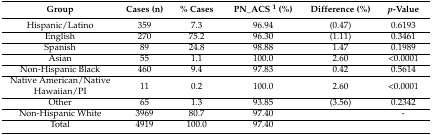
<table><thead><tr><td><b>Group</b></td><td><b>Cases (n)</b></td><td><b>% Cases</b></td><td><b>PN_ACS <sup>1</sup> (%)</b></td><td><b>Difference (%)</b></td><td><b><i>p</i>-Value</b></td></tr></thead><tbody><tr><td>Hispanic/Latino</td><td>359</td><td>7.3</td><td>96.94</td><td>(0.47)</td><td>0.6193</td></tr><tr><td>English</td><td>270</td><td>75.2</td><td>96.30</td><td>(1.11)</td><td>0.3461</td></tr><tr><td>Spanish</td><td>89</td><td>24.8</td><td>98.88</td><td>1.47</td><td>0.1989</td></tr><tr><td>Asian</td><td>55</td><td>1.1</td><td>100.0</td><td>2.60</td><td>&lt;0.0001</td></tr><tr><td>Non-Hispanic Black</td><td>460</td><td>9.4</td><td>97.83</td><td>0.42</td><td>0.5614</td></tr><tr><td>Native American/Native Hawaiian/PI</td><td>11</td><td>0.2</td><td>100.0</td><td>2.60</td><td>&lt;0.0001</td></tr><tr><td>Other</td><td>65</td><td>1.3</td><td>93.85</td><td>(3.56)</td><td>0.2342</td></tr><tr><td>Non-Hispanic White</td><td>3969</td><td>80.7</td><td>97.40</td><td></td><td>-</td></tr><tr><td>Total</td><td>4919</td><td>100.0</td><td>97.40</td><td></td><td></td></tr></tbody></table>